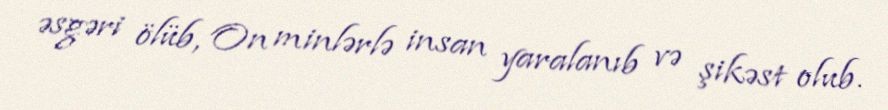
əsgəri ölüb, On minlərlə insan yaralanıb və şikəst olub.